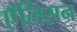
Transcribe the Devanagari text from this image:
एॅलिसन